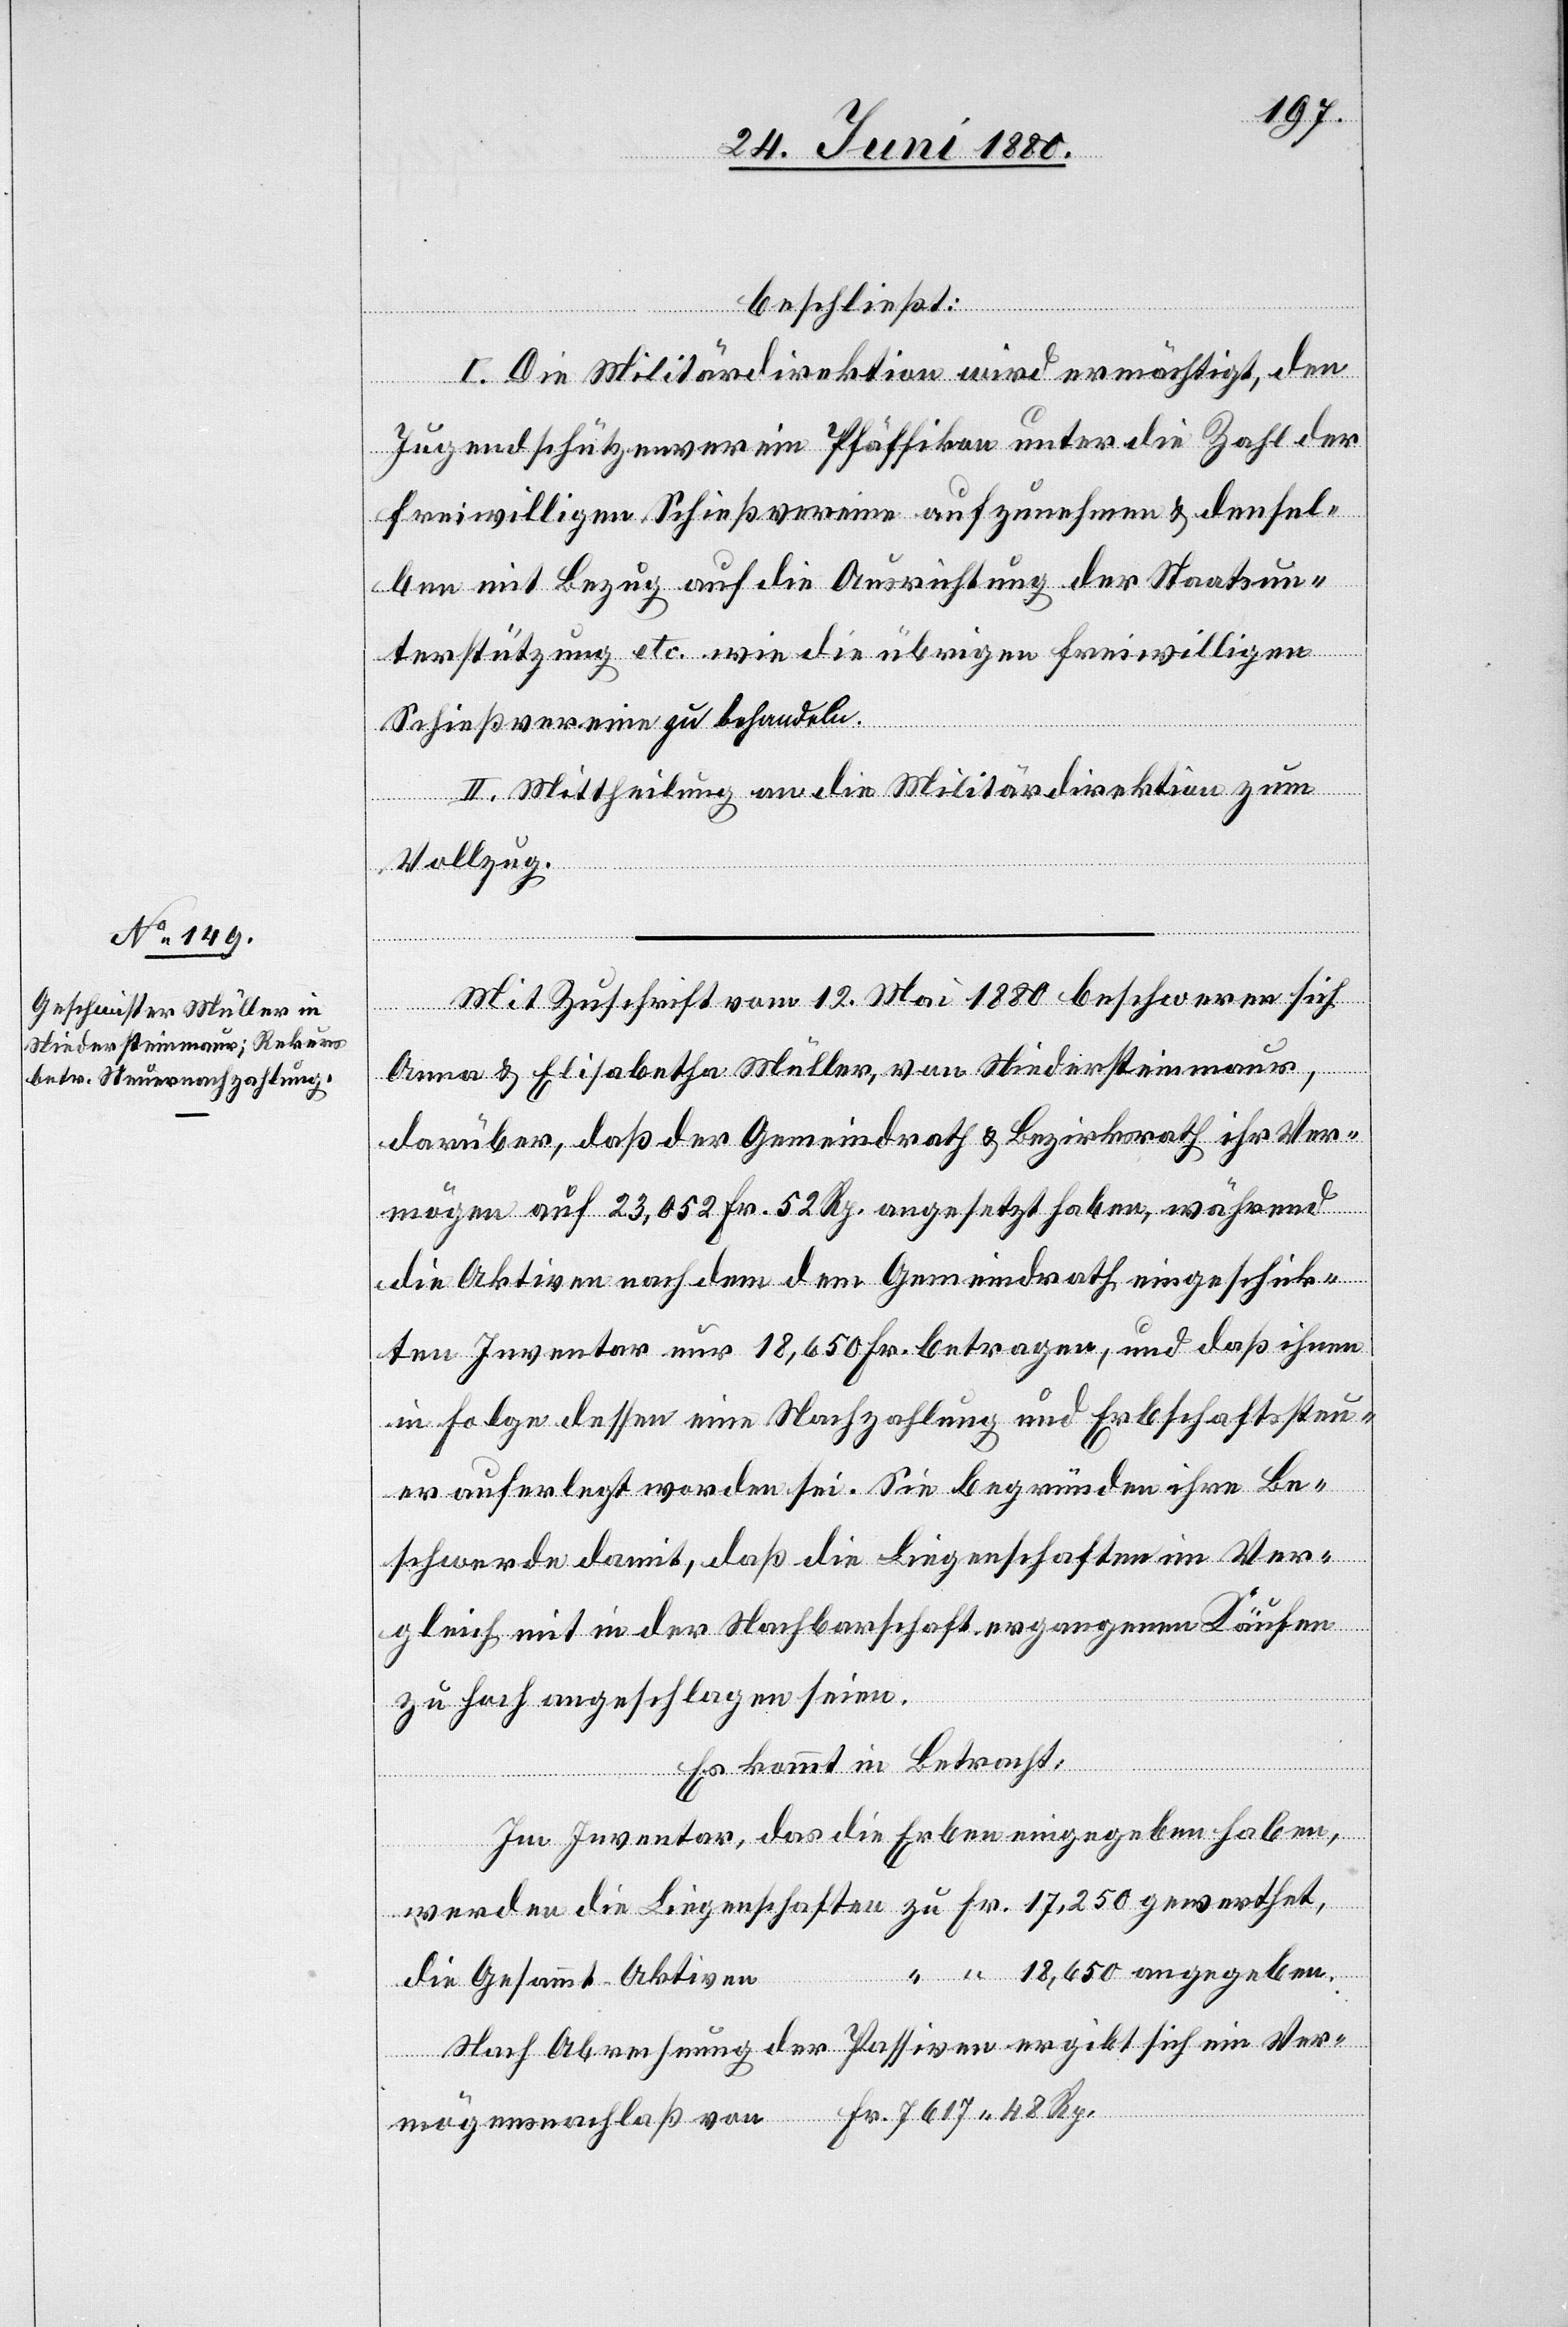
beschließt:
I. Die Militärdirektion wird ermächtigt, den
Jugendschützenverein Pfäffikon unter die Zahl der
freiwilligen Schießvereine aufzunehmen & densel¬
ben mit Bezug auf die Ausrichtung der Staatsun¬
terstützung etc. wie die übrigen freiwilligen
Fr.
Schießvereine zu behandeln.
II. Mittheilung an die Militärdirektion zum
Vollzug.
Mit Zuschrift vom 12. Mai 1880 beschweren sich
Anna & Elisabeth Müller, von Niedersteinmaur,
darüber, daß der Gemeindrath & Bezirksrath ihr Ver¬
mögen auf 23,052 Fr. 52 Rp. angesetzt haben, während
die Aktiven nachdem dem Gemeindrath eigengeschick¬
ten Inventar nur 18,650 Fr. betragen, und daß ihnen
in Folge dessen eine Nachzahlung und Erbschaftssteu¬
er auferlegt worden sei. Sie begründen ihre Be¬
schwerde damit, daß die Liegenschaften im Ver¬
gleich mit in der Nachbarschaft ergangenen Käufen
zu hoch angeschlagen seien.
Es kommt in Betracht:
Im Inventar, das die Erben eingegeben haben,
“
18,650 angegeben.
die Gesammt-Aktiven
Nach Abrechnung der Passiven ergibt sich ein Ver¬
mögensnachlaß von Fr. 7617 48 Rp.